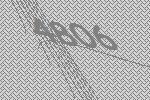
4806